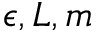
\epsilon , L , m